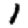
Digit: 1